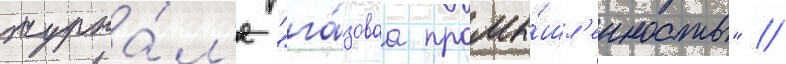
журна́л'е "га́зоваа промы́шл'енность" //